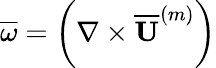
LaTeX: \overline{{\omega}}=\left(\mathbf{\nabla}\times\mathbf{\overline{{U}}}^{(m)}\right)